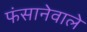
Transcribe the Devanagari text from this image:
फंसानेवाले